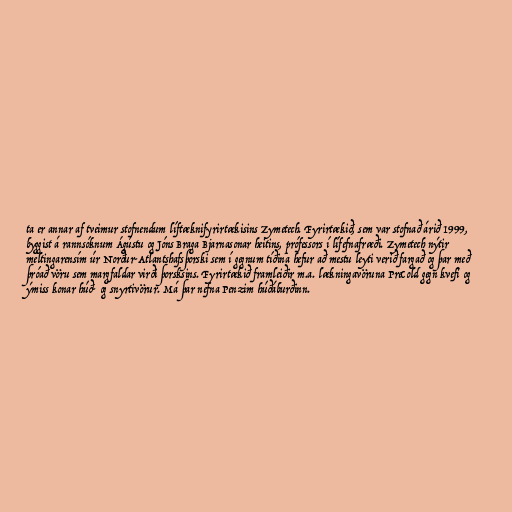
ta er annar af tveimur stofnendum líftæknifyrirtækisins Zymetech. Fyrirtækið, sem var stofnað árið 1999,
byggist á rannsóknum Ágústu og Jóns Braga Bjarnasonar heitins, prófessors í lífefnafræði. Zymetech nýtir
meltingarensím úr Norður-Atlantshafsþorski sem í gegnum tíðina hefur að mestu leyti verið fargað og þar með
þróað vöru sem margfaldar virði þorsksins. Fyrirtækið framleiðir m.a. lækningavöruna PreCold gegn kvefi og
ýmiss konar húð- og snyrtivörur. Má þar nefna Penzim húðáburðinn.